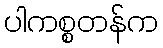
ပါကစ္စတန်က